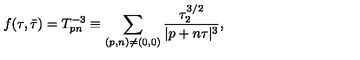
f ( \tau , \bar { \tau } ) = T _ { p n } ^ { - 3 } \equiv \sum _ { ( p , n ) \neq ( 0 , 0 ) } { \frac { \tau _ { 2 } ^ { 3 / 2 } } { | p + n \tau | ^ { 3 } } } ,